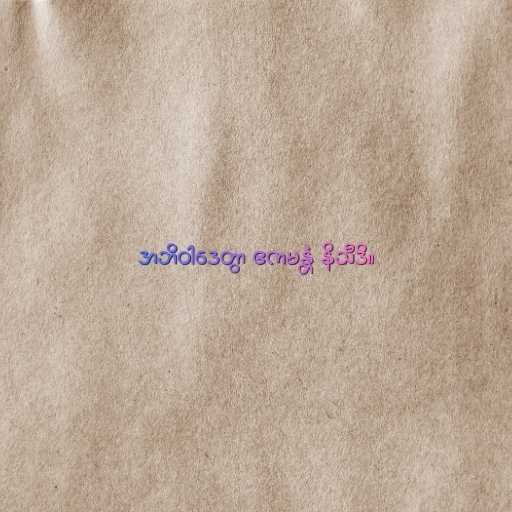
အဘိဝါဒေတွာ ဧကမန္တံ နိသီဒိ။